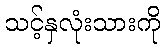
သင့်နှလုံးသားကို